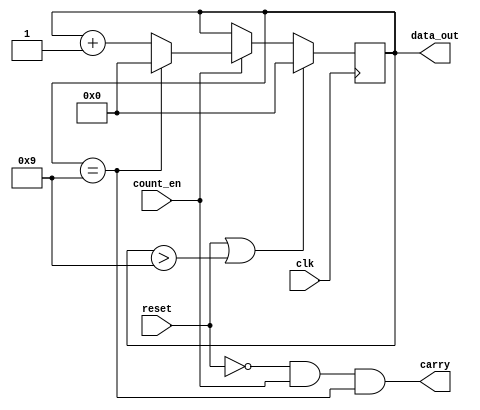
// This program was cloned from: https://github.com/FPGAwars/apio-examples
// License: GNU General Public License v2.0

// A 4 bit BCD counter with synchronous clock and carry out. 
// It Counts up on positive edge of clk, when count_en is high.

module bcd_counter (
    input clk,
    input reset,
    input count_en,
    output reg [3:0] data_out,
    output carry
);

  // Behavior.
  always @(posedge clk) begin
    if (reset || data_out > 9) begin
      // Case 1: Reset or invalid state.;
      data_out <= 0;
    end else if (count_en) begin
      // Case 1: Increment, with optional overflow from 9 to 0.
      data_out <= (data_out == 9) ? 0 : data_out + 1;
    end
  end

  assign carry = !reset && count_en && (data_out == 9);

endmodule